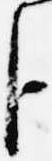
臣